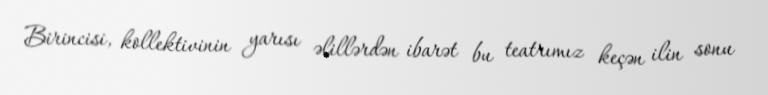
Birincisi, kollektivinin yarısı əlillərdən ibarət bu teatrımız keçən ilin sonu